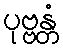
ပုဗ္ဗန္တံ